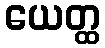
ယေတ္ထ